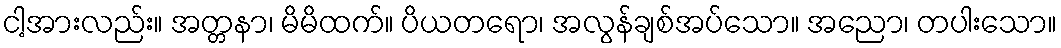
ငါ့အားလည်း။ အတ္တနာ၊ မိမိထက်။ ပိယတရော၊ အလွန်ချစ်အပ်သော။ အညော၊ တပါးသော။